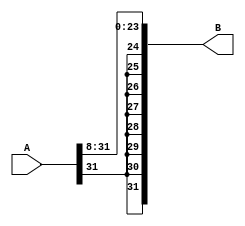
module right_shift_by_8(B, A);
	input [31:0] A;
	output [31:0] B;

	genvar f;
	generate
	for (f=0; f < 24; f = f + 1) begin: lp6
		assign B[f] = A[f+8];
	end
	endgenerate
	genvar g;
	generate
	for (g=31; g > 23; g = g - 1) begin: lp7
		assign B[g] = A[31];
	end
	endgenerate
endmodule